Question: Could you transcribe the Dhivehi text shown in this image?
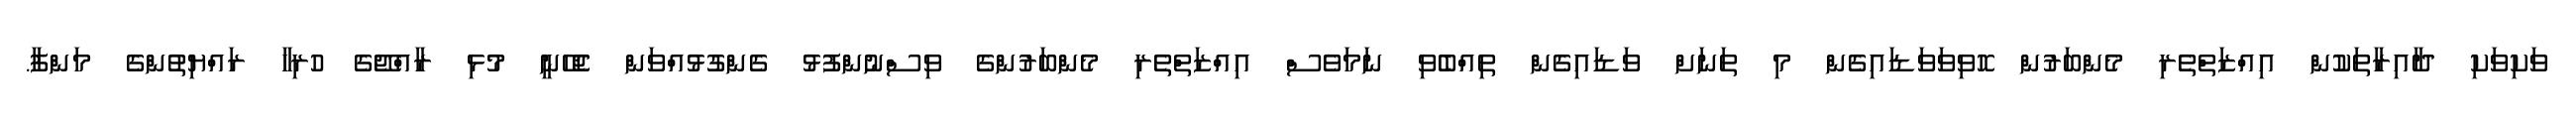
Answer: ވަކިވަކި ދާއިރާތަކުން އިއްޒަތްތެރި މެންބަރުން ހޮވިވަވަޑައިގެން މި ތަނަށް ވަޑައިގެން ތިއްބެވި ނަމަވެސް އިއްޒަތްތެރި މެންބަރުންގެ ވިސްނުންފުޅު ގެންގުޅުއްވަން ޖެހޭނީ މުޅި ރާއްޖޭގެ ހުރިހާ ރައްޔިތުންގެ މަންފާ.